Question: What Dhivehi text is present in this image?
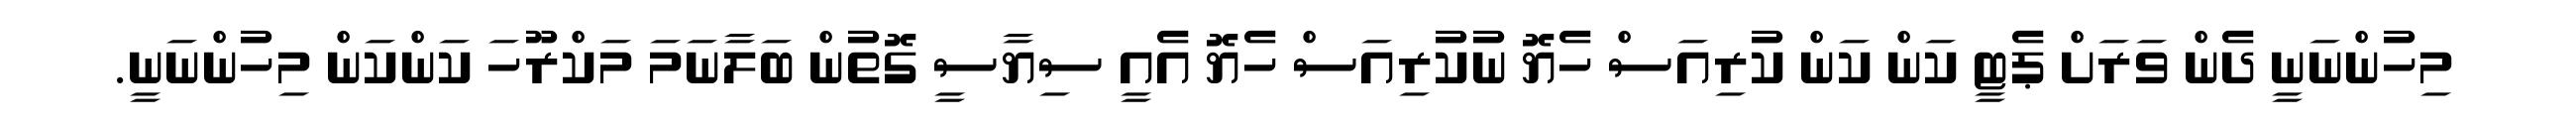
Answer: މިހުންނަނީ ދެން ވަރަށް ޕެޓީ ކަން ކަން ކުރިއަސް ހެޔޮ ނުކުރިއަސް ހެޔޮ އެއީ ސިޔާސީ ގޮތުން ބަލާނަމަ މަކްރޫހަ ކަންކަން މިހުންނަނީ.